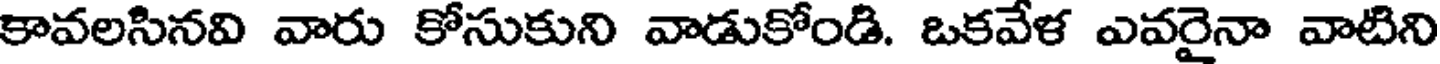
కావలసినవి వారు కోసుకుని వాడుకోండి. ఒకవేళ ఎవరైనా వాటిని